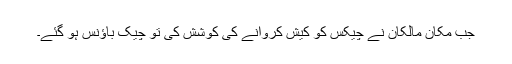
جب مکان مالکان نے چیکس کو کیش کروانے کی کوشش کی تو چیک باؤنس ہو گئے۔